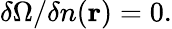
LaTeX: \delta\Omega/\delta n(\mathbf{r})=0.